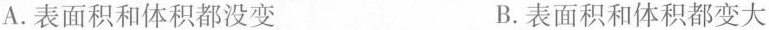
A.表面积和体积都没变 B.表面积和体积都变大